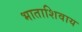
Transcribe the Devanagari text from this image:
भाताशिवाय